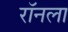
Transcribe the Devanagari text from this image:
रॉनला